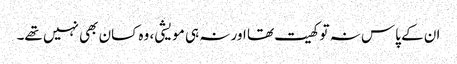
ان کے پاس نہ تو کھیت تھا اور نہ ہی مویشی، وہ کسان بھی نہیں تھے۔